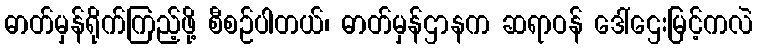
ဓာတ်မှန်ရိုက်ကြည့်ဖို့ စီစဉ်ပါတယ်၊ ဓာတ်မှန်ဌာနက ဆရာဝန် ဒေါ်ဌေးမြင့်ကလဲ